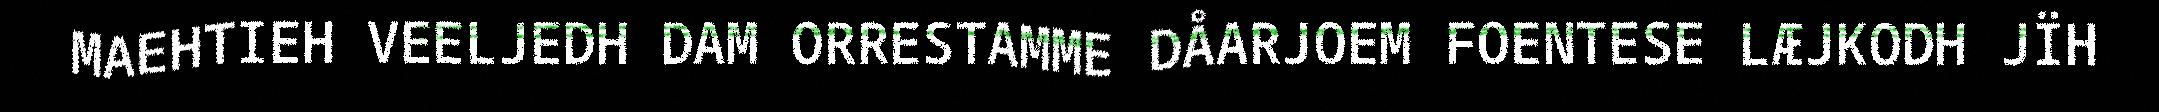
MAEHTIEH VEELJEDH DAM ORRESTAMME DÅARJOEM FOENTESE LÆJKODH JÏH